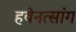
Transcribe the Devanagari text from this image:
हवेनत्सांग